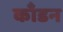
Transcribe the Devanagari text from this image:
काँडन